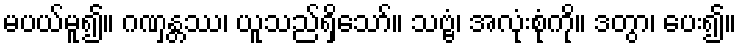
မပယ်မူ၍။ ဂဏှန္တဿ၊ ယူသည်ရှိသော်။ သဗ္ဗံ၊ အလုံးစုံကို။ ဒတွာ၊ ပေး၍။